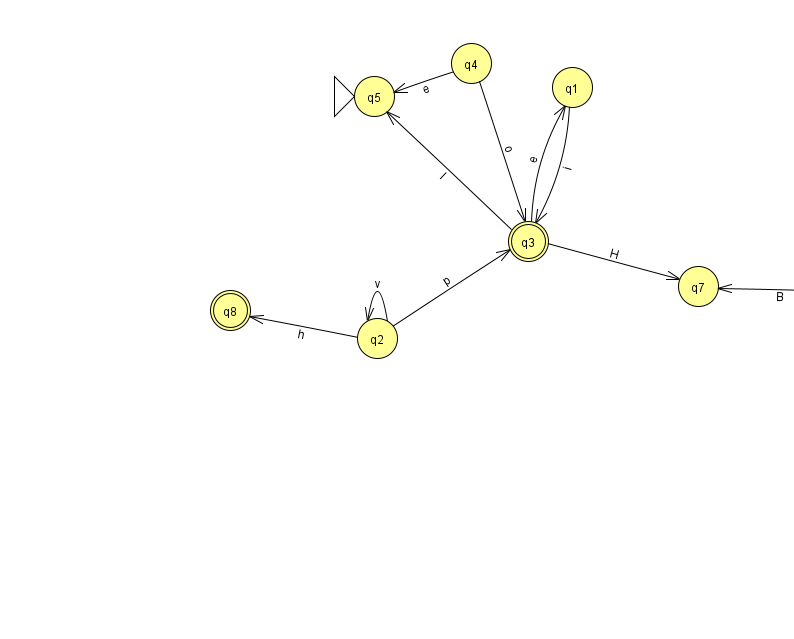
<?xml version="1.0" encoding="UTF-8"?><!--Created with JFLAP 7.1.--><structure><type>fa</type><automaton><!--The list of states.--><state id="0" name="q0"><x>862.0</x><y>276.0</y></state><state id="1" name="q1"><x>572.0</x><y>74.0</y></state><state id="2" name="q2"><x>377.0</x><y>325.0</y></state><state id="3" name="q3"><x>528.0</x><y>228.0</y><final/></state><state id="4" name="q4"><x>471.0</x><y>50.0</y></state><state id="5" name="q5"><x>374.0</x><y>83.0</y><initial/></state><state id="6" name="q6"><x>896.0</x><y>402.0</y></state><state id="7" name="q7"><x>698.0</x><y>273.0</y></state><state id="8" name="q8"><x>230.0</x><y>297.0</y><final/></state><!--The list of transitions.--><transition><from>0</from><to>7</to><read>B</read></transition><transition><from>2</from><to>8</to><read>h</read></transition><transition><from>0</from><to>6</to><read>I</read></transition><transition><from>1</from><to>3</to><read>i</read></transition><transition><from>4</from><to>3</to><read>o</read></transition><transition><from>2</from><to>2</to><read>v</read></transition><transition><from>3</from><to>7</to><read>H</read></transition><transition><from>3</from><to>1</to><read>e</read></transition><transition><from>3</from><to>5</to><read>I</read></transition><transition><from>2</from><to>3</to><read>p</read></transition><transition><from>4</from><to>5</to><read>e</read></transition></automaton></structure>